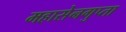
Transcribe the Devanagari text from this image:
महासेनगुप्ता